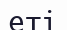
еті